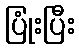
ပြုံးပြီး